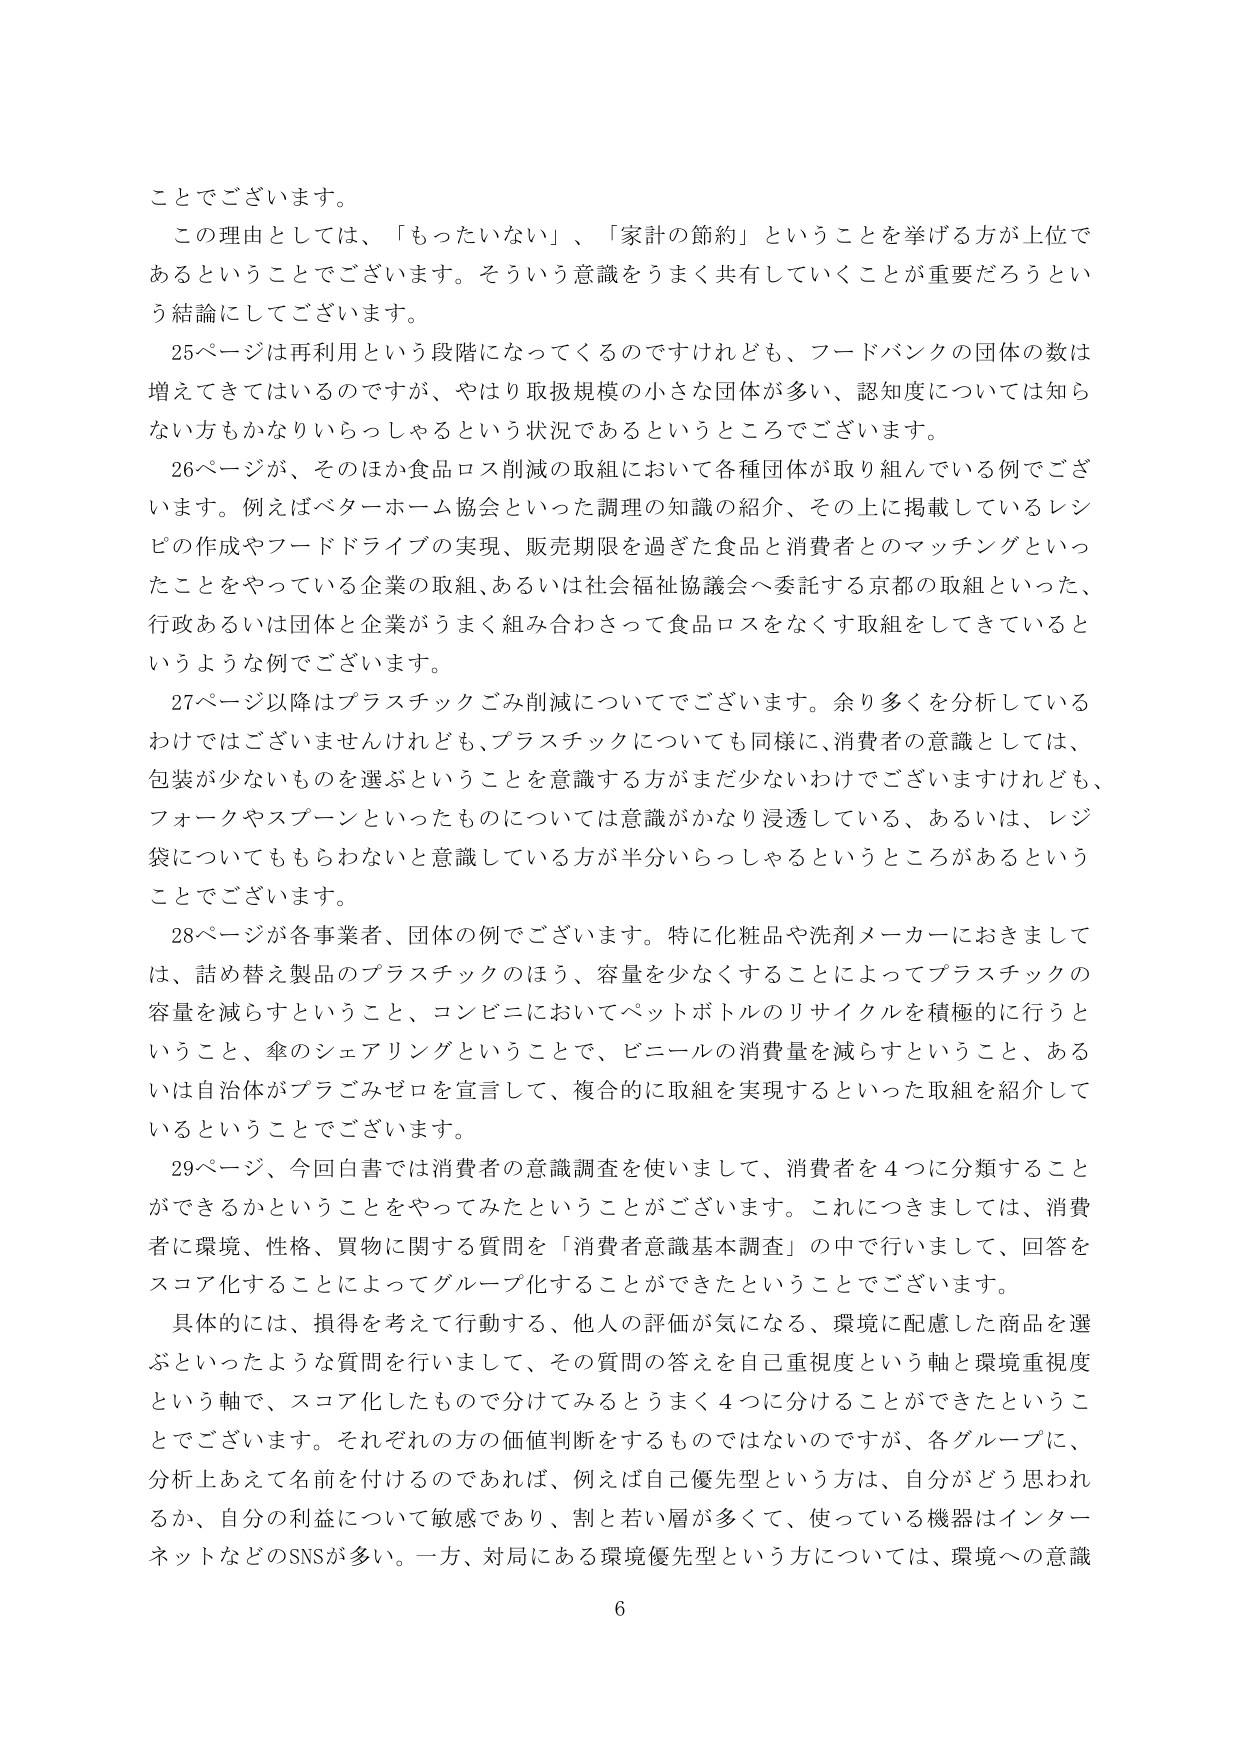
ことでございます。
この理由としては、「もったいない」、「家計の節約」ということを挙げる方が上位であるということでございます。そういう意識をうまく共有していくことが重要だろうという結論にしてございます。
25ページは再利用という段階になってくるのですけれども、フードバンクの団体の数は増えてきてはいるのですが、やはり取扱規模の小さな団体が多い、認知度については知らない方もかなりいらっしゃるという状況であるというところでございます。
26ページが、そのほか食品ロス削減の取組において各種団体が取り組んでいる例でございます。例えばベターホーム協会といった調理の知識の紹介、その上に掲載しているレシピの作成やフードドライブの実現、販売期限を過ぎた食品と消費者とのマッチングといったことをやっている企業の取組、あるいは社会福祉協議会へ委託する京都の取組といった、行政あるいは団体と企業がうまく組み合わさって食品ロスをなくす取組をしてきているというような例でございます。
27ページ以降はプラスチックごみ削減についてでございます。余り多くを分析しているわけではございませんけれども、プラスチックについても同様に、消費者の意識としては、包装が少ないものを選ぶということを意識する方がまだ少ないわけでございますけれども、フォークやスプーンといったものについては意識がかなり浸透している、あるいは、レジ袋についてももらわないと意識している方が半分いらっしゃるというところがあるということでございます。
28ページが各事業者、団体の例でございます。特に化粧品や洗剤メーカーにおきましては、詰め替え製品のプラスチックのほう、容量を少なくすることによってプラスチックの容量を減らすということ、コンビニにおいてペットボトルのリサイクルを積極的に行うということ、傘のシェアリングということで、ビニールの消費量を減らすということ、あるいは自治体がプラごみゼロを宣言して、複合的に取組を実現するといった取組を紹介しているということでございます。
29ページ、今回白書では消費者の意識調査を使いまして、消費者を4つに分類することができるかということをやってみたということがございます。これにつきましては、消費者に環境、性格、買物に関する質問を「消費者意識基本調査」の中で行いまして、回答をスコア化することによってグループ化することができたということでございます。
具体的には、損得を考えて行動する、他人の評価が気になる、環境に配慮した商品を選ぶといったような質問を行いまして、その質問の答えを自己重視度という軸と環境重視度という軸で、スコア化したもので分けてみるとうまく4つに分けることができたということでございます。それぞれの方の価値判断をするものではないのですが、各グループに、分析上あえて名前を付けるのであれば、例えば自己優先型という方は、自分がどう思われるか、自分の利益について敏感であり、割と若い層が多くて、使っている機器はインターネットなどのSNSが多い。一方、対局にある環境優先型という方については、環境への意識
6